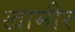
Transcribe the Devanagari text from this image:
खामीर